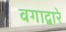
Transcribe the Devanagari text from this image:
वगाद्वारे